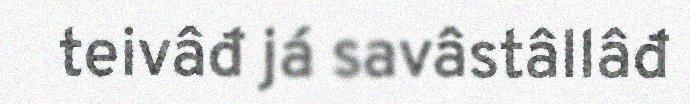
teivâđ já savâstâllâđ